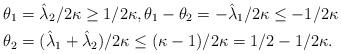
LaTeX: \begin{align*}\theta_1 & = \hat{\lambda}_2/2\kappa \geq 1/2\kappa, \theta_1 - \theta_2 = -\hat{\lambda}_1/2\kappa \leq -1/2\kappa \\\theta_2 & = (\hat{\lambda}_1 + \hat{\lambda}_2)/2\kappa \leq (\kappa-1)/2\kappa = 1/2 - 1/2\kappa. \end{align*}